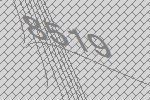
8519